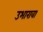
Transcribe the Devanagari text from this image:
उभारावा